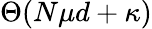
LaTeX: \Theta(N\mu d+\kappa)